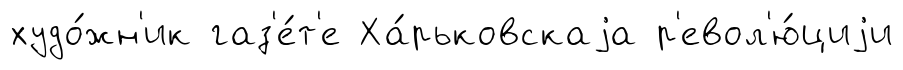
худо́жн'ик газ'е́т'е Ха́рьковскаjа р'евол'ю́циjи